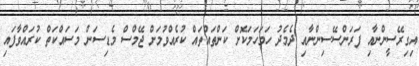
އިގިރޭސީންނާއި ފަރަންސޭސިންނާއި ދެމެދު ހަމަހަމަކޮށް ކަންތައްތައް ކުރެއްވުމަށް ޖޭމްސް މެޑިސަން މަސައްކަތް ކުރައްވާފައި